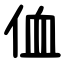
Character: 侐